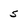
Character: 5